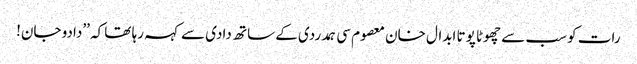
رات کو سب سے چھوٹا پوتا ابدال خان معصوم سی ہمدردی کے ساتھ دادی سے کہہ رہا تھا کہ ’’دادو جان!